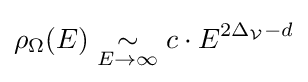
\rho _{\Omega }(E)\mathrel {\mathop {\sim } \limits _{\scriptstyle {E\to \infty }}} c\cdot E^{2\Delta _{\mathcal {V}}-d}